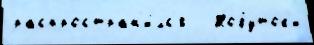
распростран'и́лс'я   Нобуток'и